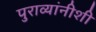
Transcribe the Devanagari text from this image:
पुराव्यांनीशी